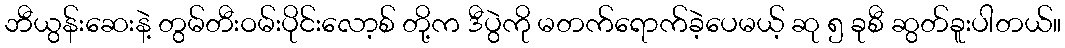
ဘီယွန်းဆေးနဲ့ တွမ်တီးဝမ်းပိုင်းလော့စ် တို့က ဒီပွဲကို မတက်ရောက်ခဲ့ပေမယ့် ဆု ၅ ခုစီ ဆွတ်ခူးပါတယ်။